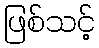
ဖြစ်သင့်